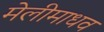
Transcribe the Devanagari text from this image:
मेलीमाधव